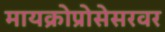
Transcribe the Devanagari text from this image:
मायक्रोप्रोसेसरवर